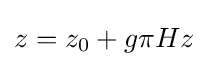
z=z_{0}+g\pi Hz